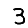
Digit: 3